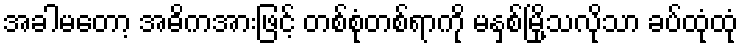
အခါမတော့ အဓိကအားဖြင့် တစ်စုံတစ်ရာကို မနှစ်မြို့သလိုသာ ခပ်ထုံထုံ